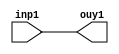
module assing1mod (inp1,ouy1);
input [10:0]inp1;
output [10:0]ouy1;

  assign ouy1 = inp1;

endmodule // assing1mod